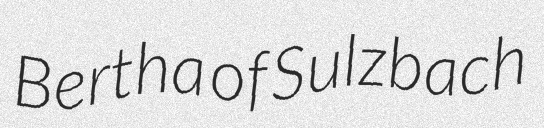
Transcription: Bertha of Sulzbach